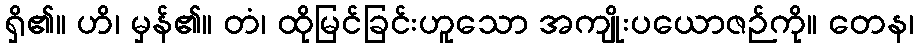
ရှိ၏။ ဟိ၊ မှန်၏။ တံ၊ ထိုမြင်ခြင်းဟူသော အကျိုးပယောဇဉ်ကို။ တေန၊